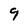
Character: 9